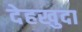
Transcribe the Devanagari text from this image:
देहखुदा